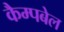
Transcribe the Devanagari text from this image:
कैम्‍पबेल